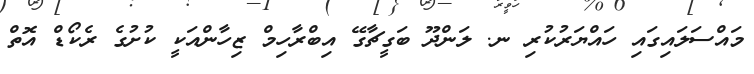
މައްސަލައިގައި ހައްޔަރުކުރި ނ. ލަންދޫ ބަގީޗާގޭ އިބްރާހިމް ޒިހާންއަކީ ކުށުގެ ރެކޯޑް އޮތް